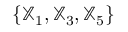
\{ { \mathbb X } _ { 1 } , { \mathbb X } _ { 3 } , { \mathbb X } _ { 5 } \}